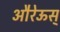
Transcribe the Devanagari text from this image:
औरेऊस्